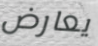
يعارض